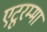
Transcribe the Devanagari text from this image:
एटूरम्मा